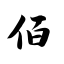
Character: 佰